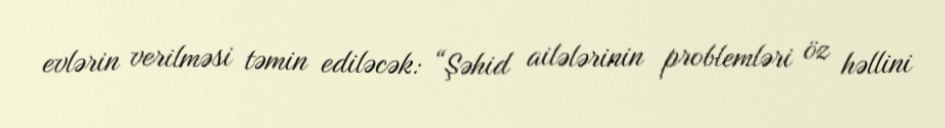
evlərin verilməsi təmin ediləcək: “Şəhid ailələrinin problemləri öz həllini